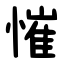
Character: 慛